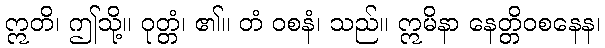
ဣတိ၊ ဤသို့။ ဝုတ္တံ၊ ၏။ တံ ဝစနံ၊ သည်။ ဣမိနာ နေတ္တိဝစနေန၊